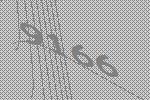
9166